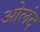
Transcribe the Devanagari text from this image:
ओलंद